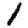
Digit: 1